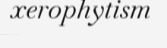
xerophytism